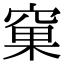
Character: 窠